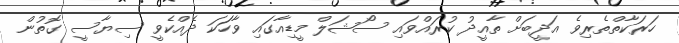
ހަރަކާތްތެރިވެ އަދީބަށް ތާއީދު ކުރައްވައި ސޯޝަލް މީޑިއާގައި ވާހަަކަ ދެއްކެވީ ސިޔާސީ ގޮތުން